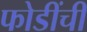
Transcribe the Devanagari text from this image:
फोडींची